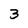
Character: 3